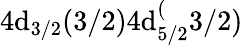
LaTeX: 4\mathrm{d}_{3/2}(3/2)4\mathrm{d}_{5/2}^{(}3/2)